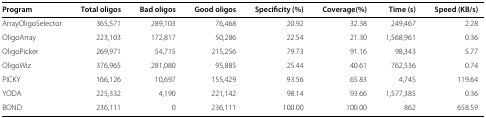
| Program | Total oligos | Bad oligos | Good oligos | Specificity (%) | Coverage(%) | Time (s) | Speed (KB/s) |
 | --- | --- | --- | --- | --- | --- | --- | --- |
 | ArrayOligoSelector | 365,571 | 289,103 | 76,468 | 20.92 | 32.38 | 249,467 | 2.28 |
 | OligoArray | 223,103 | 172,817 | 50,286 | 22.54 | 21.30 | 1,568,961 | 0.36 |
 | OligoPicker | 269,971 | 54,715 | 215,256 | 79.73 | 91.16 | 98,343 | 5.77 |
 | OligoWiz | 376,965 | 281,080 | 95,885 | 25.44 | 40.61 | 762,536 | 0.74 |
 | PICKY | 166,126 | 10,697 | 155,429 | 93.56 | 65.83 | 4,745 | 119.64 |
 | YODA | 225,332 | 4,190 | 221,142 | 98.14 | 93.66 | 1,577,385 | 0.36 |
 | BOND | 236,111 | 0 | 236,111 | 100.00 | 100.00 | 862 | 658.59 |